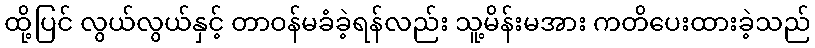
ထို့ပြင် လွယ်လွယ်နှင့် တာဝန်မခံခဲ့ရန်လည်း သူ့မိန်းမအား ကတိပေးထားခဲ့သည်